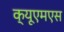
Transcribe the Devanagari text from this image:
क्यूएमएस